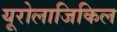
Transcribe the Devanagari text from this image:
यूरोलाजिकिल